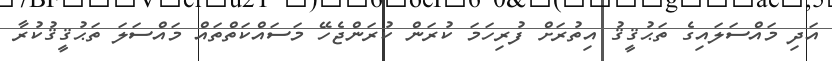
އަދި މައްސަލައިގެ ތަޙުޤީޤު އިތުރަށް ފުރިހަމަ ކުރަން ކުރަންޖެހޭ މަސައްކަތްތައް މައްސަލަ ތަޙުޤީޤުކުރާ